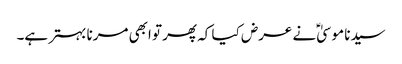
سیدنا موسیٰؑ نے عرض کیا کہ پھر تو ابھی مرنا بہتر ہے۔